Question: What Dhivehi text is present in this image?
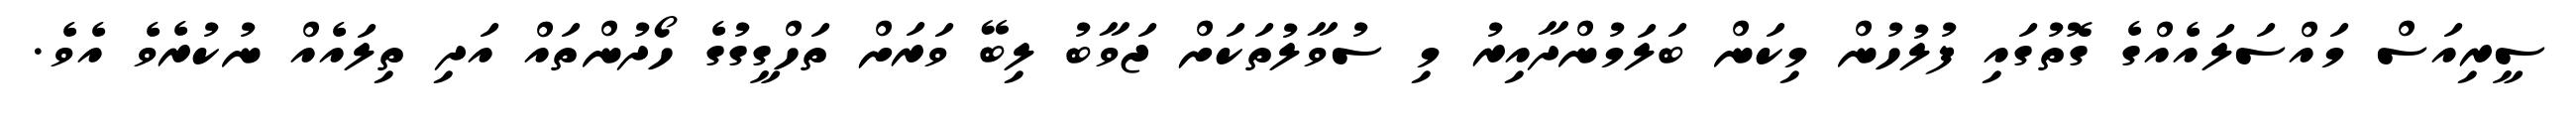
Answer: ސީރިއަސް މައްސަލައެއްގެ ގޮތުގައި ފުލުހުން މިކަން ބަލަމުންދާއިރު މި ސުވާލުތަކަށް ޖަވާބު ލިބޭ ވަރަށް ތަހްގީގުގެ ހޯދުންތައް އަދި ތިލައެއް ނުކުރެވެ އެވެ.